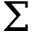
\Sigma